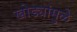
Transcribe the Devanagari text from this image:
खोड्यांमुळे